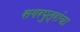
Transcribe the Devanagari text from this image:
सगरपुत्रांचा